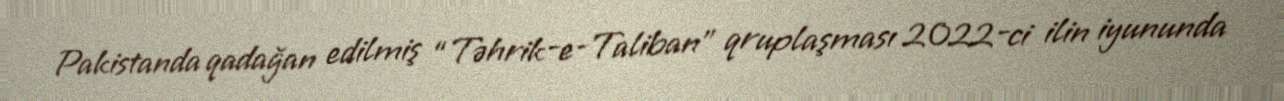
Pakistanda qadağan edilmiş “Təhrik-e-Taliban” qruplaşması 2022-ci ilin iyununda